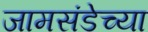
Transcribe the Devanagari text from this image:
जामसंडेच्या